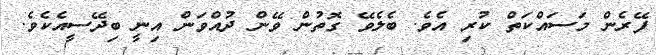
ފޭރެން މަސައްކަތް ކުރި އެވެ. ބެލެވޭ ގޮތުން ވޭން ދުއްވަން އިނީ ބިދޭސީއެކެވެ.